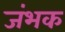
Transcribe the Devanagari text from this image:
जंभक